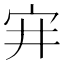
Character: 宑